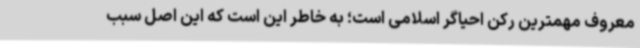
معروف مهمترین رکن احیاگر اسلامی است؛ به خاطر این است که این اصل سبب